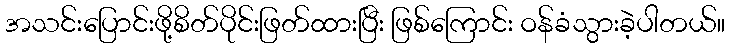
အသင်းပြောင်းဖို့စိတ်ပိုင်းဖြတ်ထားပြီး ဖြစ်ကြောင်း ဝန်ခံသွားခဲ့ပါတယ်။